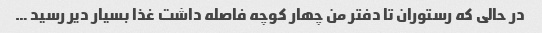
در حالی که رستوران تا دفتر من چهار کوچه فاصله داشت غذا بسیار دیر رسید …